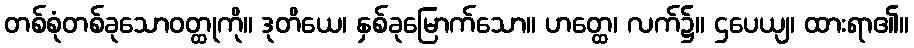
တစ်စုံတစ်ခုသောဝတ္ထုကို။ ဒုတိယေ၊ နှစ်ခုမြောက်သော။ ဟတ္ထေ၊ လက်၌။ ဌပေယျ၊ ထားရာ၏။